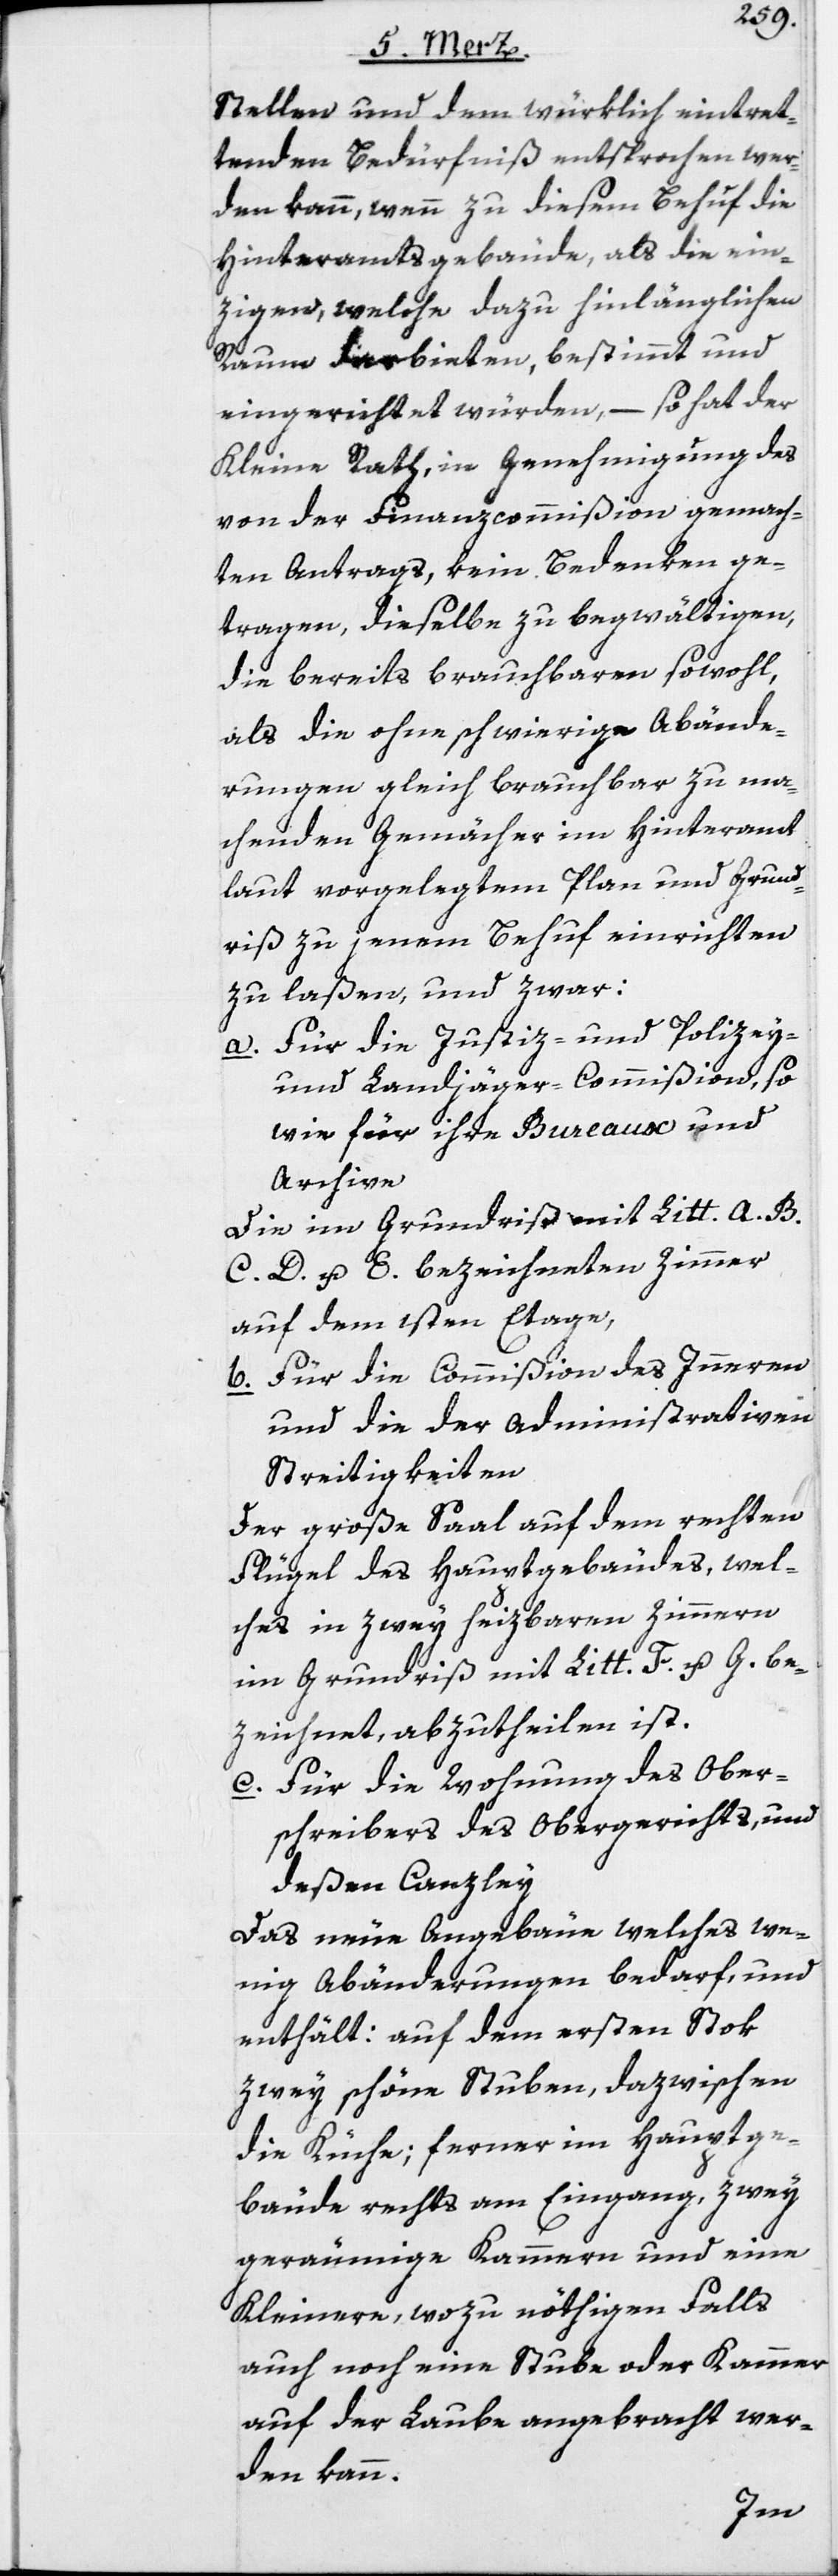
Stellen und dem würklich eintret¬
tenden Bedürfniß entsprochen wer¬
den kann, wenn zu diesem Behuf die
Hinteramtsgebäude, als die ein¬
zigen, welche dazu hinlänglichen
Raum darbieten, bestimmt und
eingerichtet würden, – so hat der
Kleine Rath, in Genehmigung des
von der Finanzcommißion gemach¬
ten Antrags, kein Bedenken ge¬
tragen, dieselbe zu begwältigen,
die bereits brauchbaren sowohl,
als die ohne schwierige Abände¬
rungen gleich brauchbar zu ma¬
chenden Gemächer im Hinteramt
laut vorgelegtem Plan und Grund¬
riß zu jenem Behuf einrichten
zu laßen, und zwar:
a. Für die Justiz- und Polizey-
und Landjäger-Commißion, so
wie für ihre Bureaux und
Archive.
Die im Grundriß mit Litt. A. B.
C. D. u. E. bezeichneten Zimmer
auf dem 1sten Etage,
b. Für die Commißion des Inneren
und die der administrativen
Streitigkeiten
Der große Saal auf dem rechten
Flügel des Hauptgebäudes, wel¬
ches in zwey heizbaren Zimmern
im Grundriß mit Litt. F. u. G. be¬
zeichnet, abzutheilen ist.
c. Für die Wohnung des Ober¬
schreibers des Obergerichts, und
deßen Canzley
Das neue Angebäue welches we¬
nig Abänderungen bedarf, und
enthält: auf dem ersten Stok
zwey schöne Stuben, dazwischen
die Küche; ferner im Hauptge¬
bäude rechts am Eingang, zwey
geräumige Kammern und eine
Kleinere, wozu nöthigen Falls
auch noch eine Stube oder Kammer
auf der Laube angebracht wer¬
den kann.